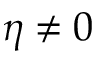
\eta \ne 0